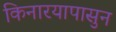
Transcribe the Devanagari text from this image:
किनारयापासुन